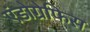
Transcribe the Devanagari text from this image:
एंडोग्रेफिस